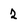
Character: 2